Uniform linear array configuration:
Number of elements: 4
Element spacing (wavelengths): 0.25
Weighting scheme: exponential
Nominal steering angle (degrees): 0
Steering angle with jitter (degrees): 0.9275
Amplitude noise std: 0.05
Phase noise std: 0.05

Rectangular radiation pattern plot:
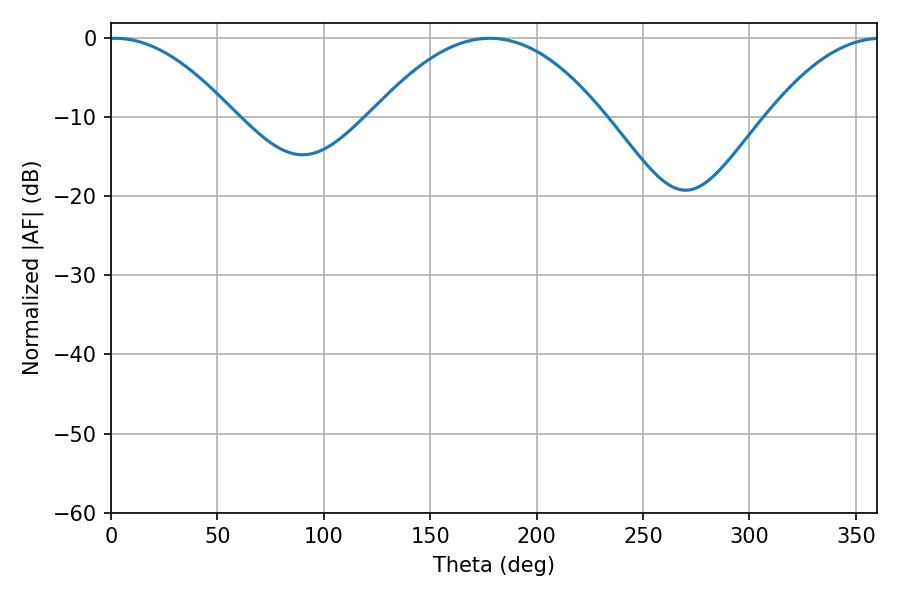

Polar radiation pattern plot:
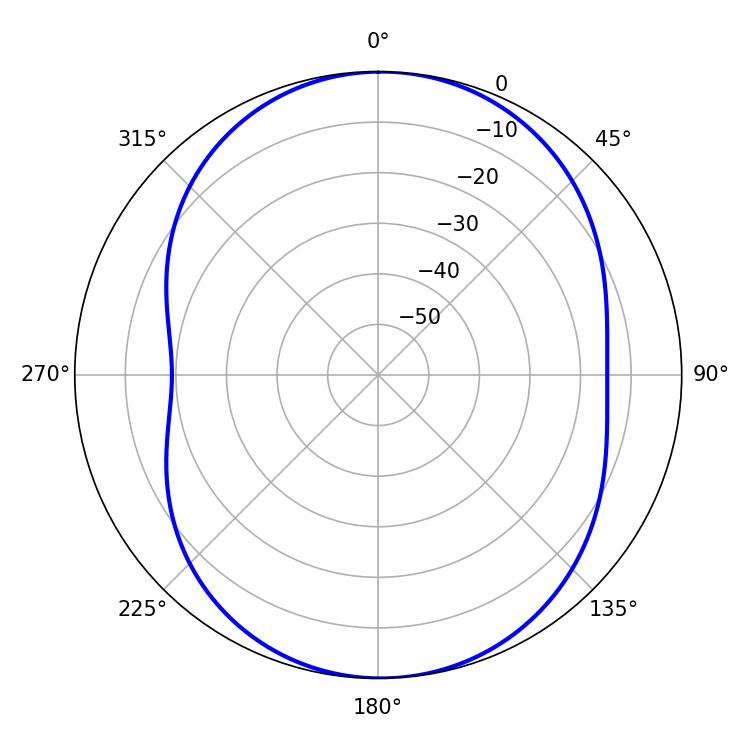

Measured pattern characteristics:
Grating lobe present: FALSE
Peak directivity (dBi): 12.692
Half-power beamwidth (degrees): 32.22
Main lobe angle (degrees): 1.98